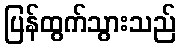
ပြန်ထွက်သွားသည်